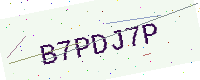
Text: B7PDJ7P